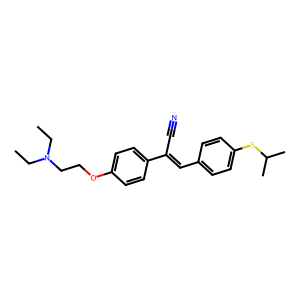
SMILES: CCN(CC)CCOc1ccc(C(C#N)=Cc2ccc(SC(C)C)cc2)cc1
Inhibits HIV replication: No